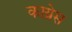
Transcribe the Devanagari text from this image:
काय्नेस